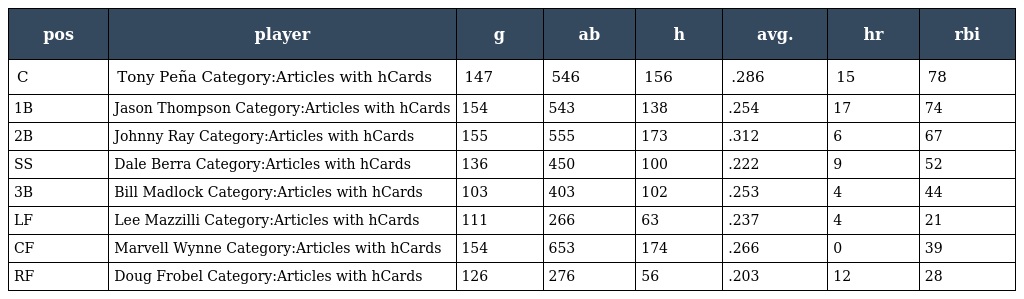
| pos | player | g | ab | h | avg. | hr | rbi |
 | --- | --- | --- | --- | --- | --- | --- | --- |
 | C | Tony Peña Category:Articles with hCards | 147 | 546 | 156 | .286 | 15 | 78 |
 | 1B | Jason Thompson Category:Articles with hCards | 154 | 543 | 138 | .254 | 17 | 74 |
 | 2B | Johnny Ray Category:Articles with hCards | 155 | 555 | 173 | .312 | 6 | 67 |
 | SS | Dale Berra Category:Articles with hCards | 136 | 450 | 100 | .222 | 9 | 52 |
 | 3B | Bill Madlock Category:Articles with hCards | 103 | 403 | 102 | .253 | 4 | 44 |
 | LF | Lee Mazzilli Category:Articles with hCards | 111 | 266 | 63 | .237 | 4 | 21 |
 | CF | Marvell Wynne Category:Articles with hCards | 154 | 653 | 174 | .266 | 0 | 39 |
 | RF | Doug Frobel Category:Articles with hCards | 126 | 276 | 56 | .203 | 12 | 28 |